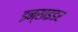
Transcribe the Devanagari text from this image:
इन्साइडर